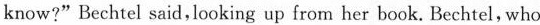
know?" Bechtel said, looking up from her book. Bechtel, who